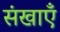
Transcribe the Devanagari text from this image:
संखाएँ